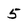
Character: 5